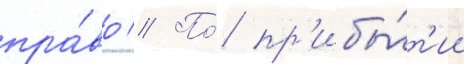
пра́во // По́ пр'ибы́т'ии